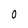
Character: 0